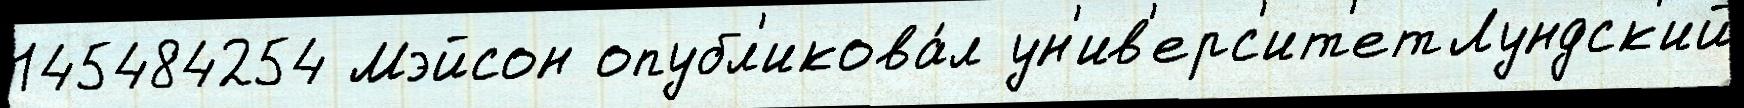
145484254 Мэйсон опубл'икова́л ун'ив'ерс'ит'етЛундск'ий